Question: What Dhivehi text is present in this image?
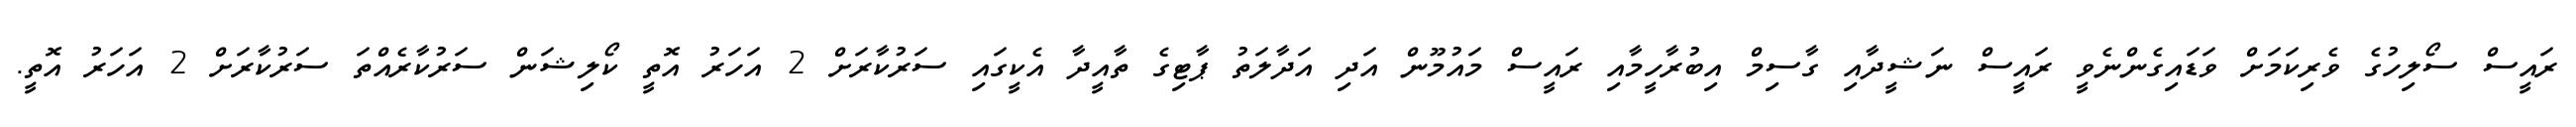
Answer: ރައީސް ސޯލިހުގެ ވެރިކަމަށް ވަޑައިގެންނެވީ ރައީސް ނަޝީދާއި ގާސިމް އިބުރާހީމާއި ރައީސް މައުމޫން އަދި އަދާލަތު ޕާޓިގެ ތާއީދާ އެކީގައި ސަރުކާރަށް 2 އަހަރު އޮތީ ކޯލިޝަން ސަރުކާރެއްތަ ސަރުކާރަށް 2 އަހަރު އޮތީ.